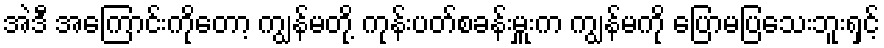
အဲဒီ အကြောင်းကိုတော့ ကျွန်မတို့ ကုန်းပတ်စခန်းမှူးက ကျွန်မကို ပြောမပြသေးဘူးရှင့်